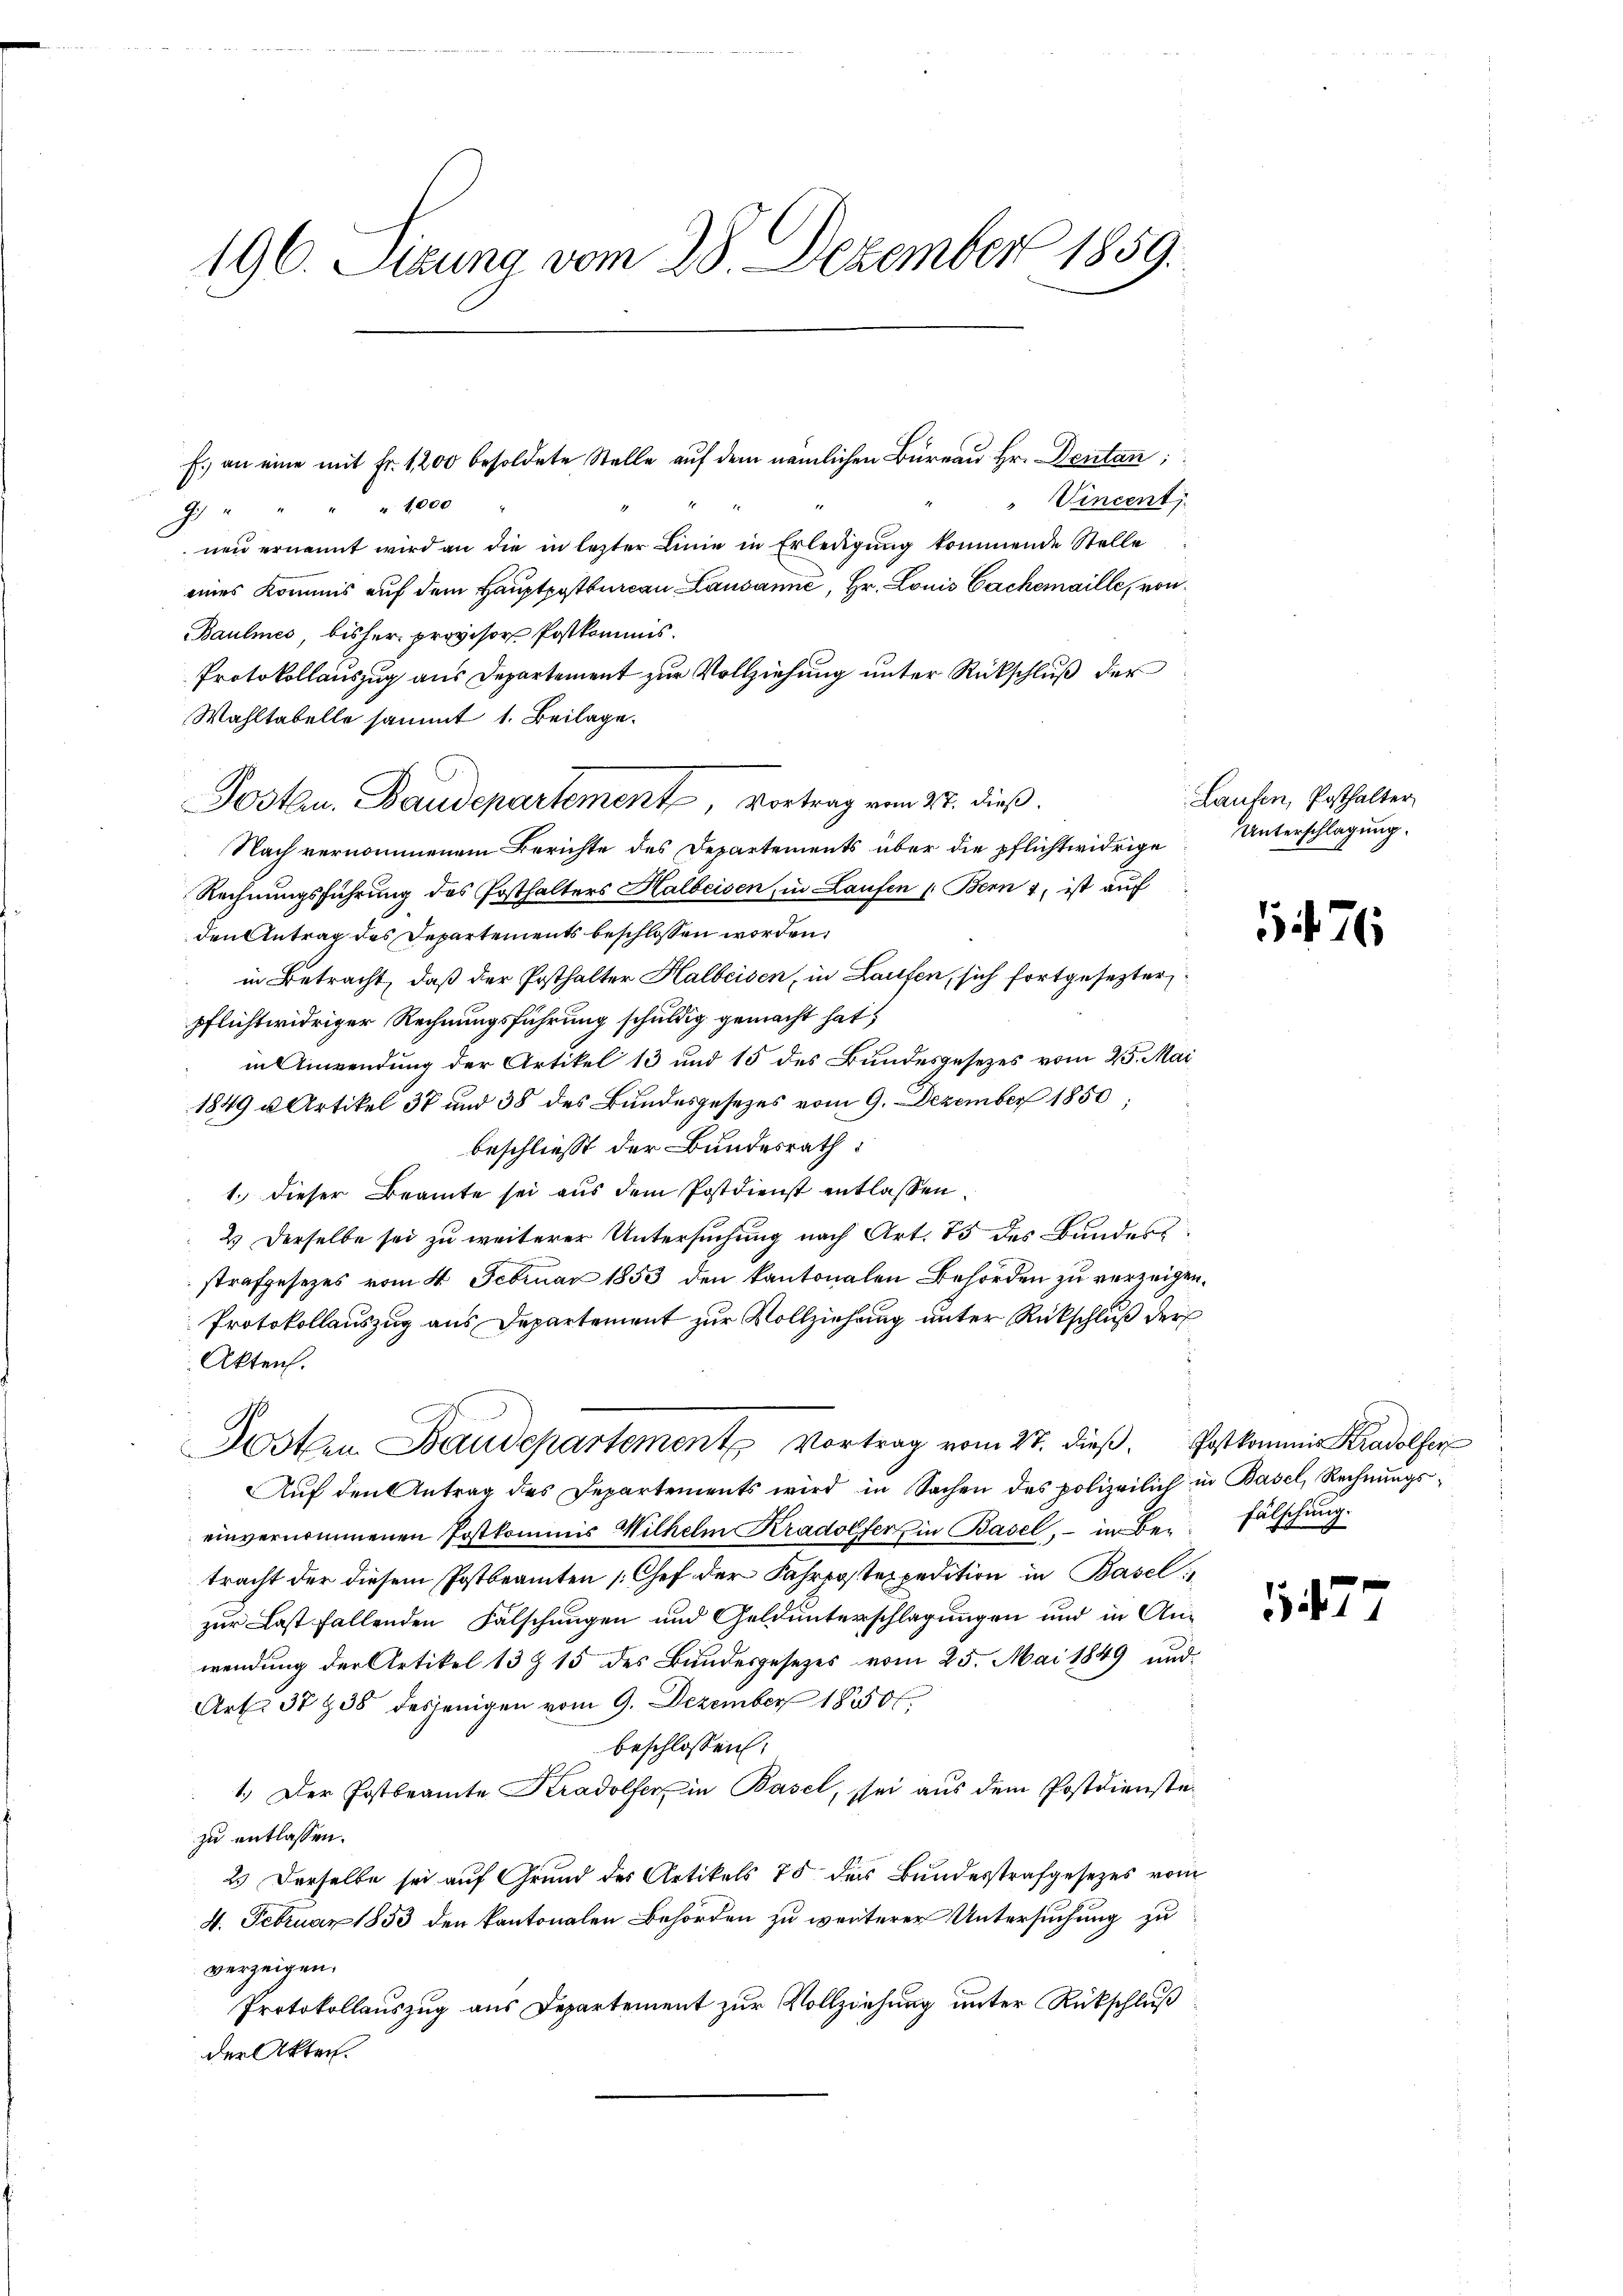
196. Sizung vom 28. Dezember 1859.

" Vincent
 " " " " 1000
nen ernannt wird an die in lezter Linie in Erledigung kommende Stelle
eines Kommis auf dem Hauptpostbureau Lausanne, Hr. Louis Cachemaille, von
Baulmes, bisher provisor Postkommis-
Protokollauszug aus Departement zur Vollziehung unter Rückschluß der
Wahltabelle sammt 1. Beilage.
Nach vernommenem Berichte des Departements über die pflichtwidrige
Rechnungsführung des Posthalters Halbeisen, in Laufen 1. Bern 4, ist auf
den Antrag des Departements beschlossen worden.
in Betracht, daß der Posthalter Halbeiden, in Laufen, sich fortgesezter
pflichtwidriger Rechnungsführung schuldig gemacht hat;
in Anwendung der Artikel 13 und 15 des Bundesgesetzes vom 25. Mai
1849 u. Artikel 37 und 38 des Bundesgesezes vom 9. Dezember 1850;
beschließt der Bundesrath
1.) Dieser Beamte sei aus dem Postdienst entlassen
2.) Derselbe sei zu weiterer Untersuchung nach Art. 85 des Bundess
strafgesetzes vom 4. Februar 1853 den kantonalen Behörden zu verzeigen.
Protokollauszug aus Departement zur Vollziehung unter Rückschluß der
Akten.
Kosten Baudepartement Vortrag vom 27. dieβ. Postkommit Kradolser
Auf den Antrag des Departements wird in Sachen des polizeilich in Basel, Rechnungseinvernommenen Postkommis Wilhelm Kradolfers in Basel, – in Be-Fälschung.
tracht der diesem Postbeamten [Chef der Fahrpostexpedition in Basel
zur Last fallenden Falschungen und Geldunterschlagungen und in Anwendung der Artikel 13 § 15 des Bundesgesetzes vom 25. Mai 1849 und
Art. 37938 desjenigen vom 9. Dezember 1830.
beschlossen:
1.) Der Postbeamte Kradolser, in Basel, sei aus dem Postdienstezu entlassen.
2.) Derselbe sei auf Grund des Artikels 75 des Bundesstrafgesezes vom
4. Februar 1853 den kantonalen Behörden zu weiterer Untersuchung zu
verzeigen.
Protokollauszug aus Departement zur Vollziehung unter Rückschluß
der Akten.

f. an eine mit Fr. 1200 besoldete Stelle auf dem nämlichen Bureau Hr. Dentan;

Posten. Baudepartement, Vortrag vom 27. dieß.

Laufen, Posthalter
Unterschlagung.

171

147